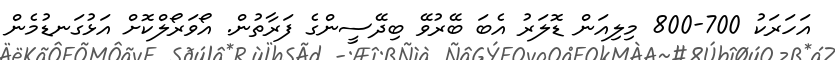
އަހަރަކު 700-800 މިލިއަން ޑޮލަރު އެބަ ބޭރުވޭ ބިދޭސީންގެ ފަރާތުން. އޯވަރޯލްކޮށް އަޅުގަނޑުމެން